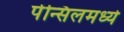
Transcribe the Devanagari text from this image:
पेन्सिलमध्ये